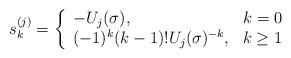
LaTeX: \begin{align*}s^{(j)}_{k}=\left\{\begin{array}{lr}-U_{j}(\sigma),& k=0\\(-1)^{k}(k-1)!U_{j}(\sigma)^{-k},& k\geq 1\end{array}\right.\end{align*}